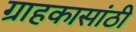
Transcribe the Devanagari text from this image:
ग्राहकासांठी